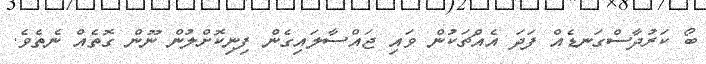
ބޯ ކަރުދާސްގަނޑެއް ފަދަ އެއްޗަކުން ވައި ޖައްސާލައިގެން ފިނިކޮށްލުން ނޫން ގޮތެއް ނެތެވެ.